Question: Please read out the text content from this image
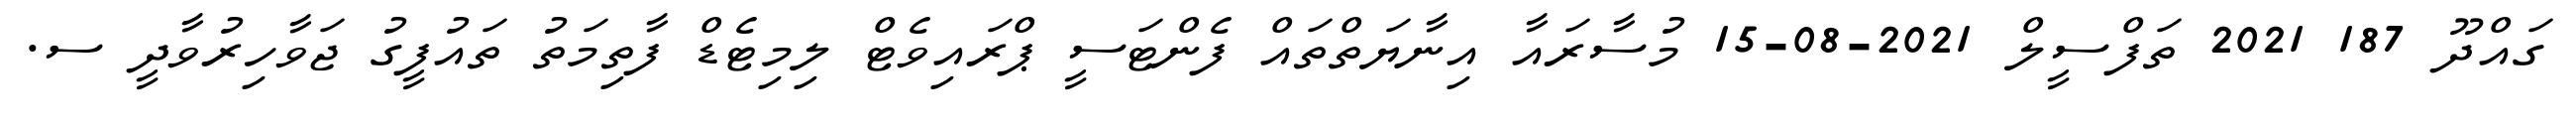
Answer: ގައްދޫ 187 2021 ތަފްސީލް 2021-08-15 މުސާރައާ އިނާޔަތްތައް ފެންޓަސީ ޕްރައިވެޓް ލިމިޓެޑް ފާތިމަތު ތައުފީގު ޖަވާހިރުވާދީ ސ.